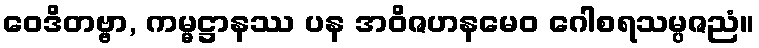
ဝေဒိတဗ္ဗာ, ကမ္မဋ္ဌာနဿ ပန အဝိဇဟနမေဝ ဂေါစရသမ္ပဇညံ။